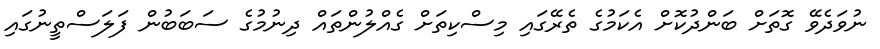
ނުވަދެވޭ ގޮތަށް ބަންދުކޮށް އެކަމުގެ ތެރޭގައި މިސްކިތަށް ގެއްލުންތައް ދިނުމުގެ ސަބަބުން ފަލަސްތީނުގައި